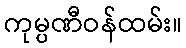
ကုမ္ပဏီဝန်ထမ်း။